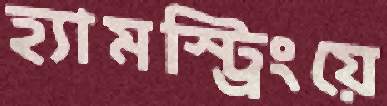
হ্যামস্ট্রিংয়ে